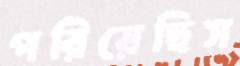
পরিয়েছিস